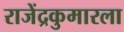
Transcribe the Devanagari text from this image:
राजेंद्रकुमारला